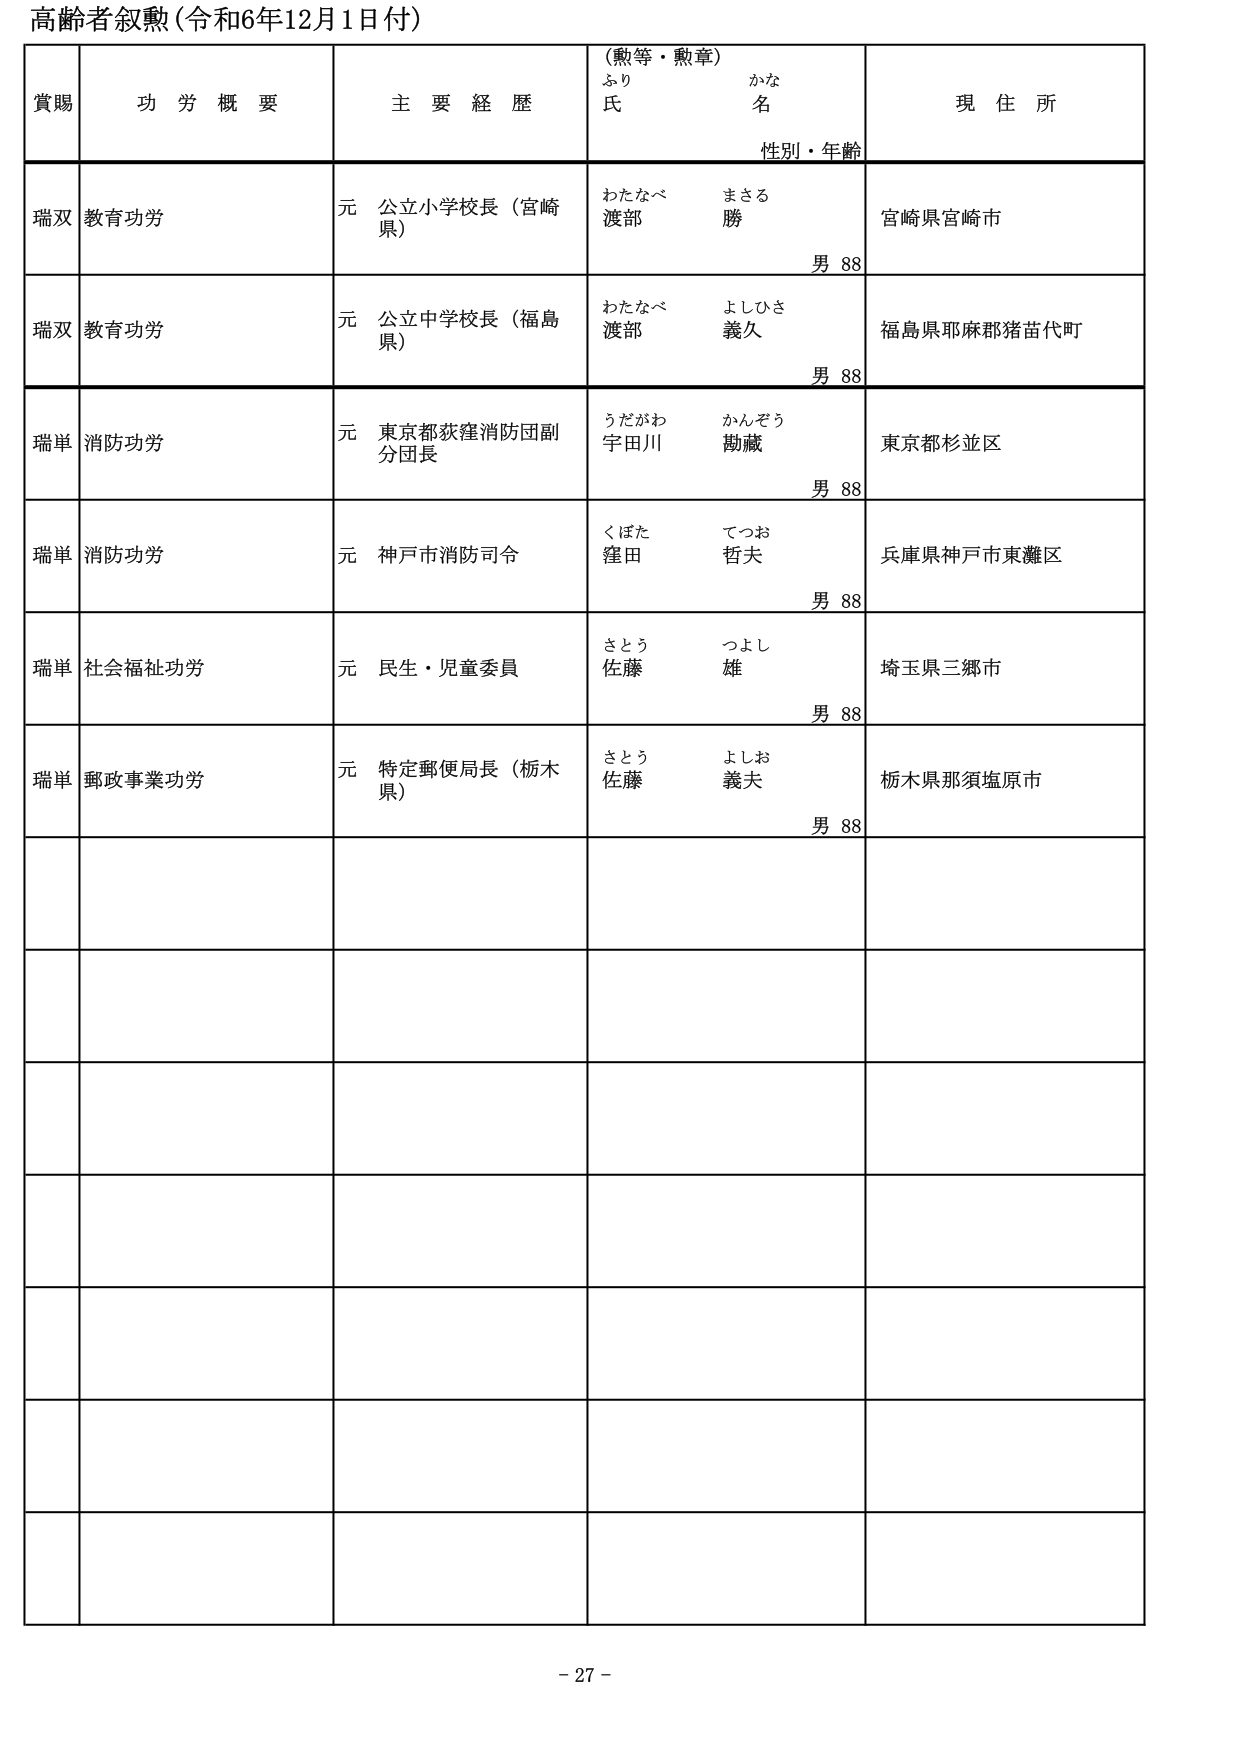
高齢者叙勲（令和6年12月1日付）

賞賜　　功労概要　　主要経歴　　（勲等・勲章）　　現住所
　　　　　　　　　　　　　　ふり　　かな
　　　　　　　　　　　　　　氏　　名
　　　　　　　　　　　　　　性別・年齢

瑞双　教育功労　　元 公立小学校長（宮崎県）　　わたなべ　　まさる　　宮崎県宮崎市
　　　　　　　　　　　　　　　　　　　　　　　　渡部　　勝　　男 88

瑞双　教育功労　　元 公立中学校長（福島県）　　わたなべ　　よしひさ　　福島県耶麻郡猪苗代町
　　　　　　　　　　　　　　　　　　　　　　　　渡部　　義久　　男 88

瑞単　消防功労　　元 東京都荻窪消防団副分団長　　うだがわ　　かんぞう　　東京都杉並区
　　　　　　　　　　　　　　　　　　　　　　　　宇田川　　勘蔵　　男 88

瑞単　消防功労　　元 神戸市消防司令　　くぼた　　てつお　　兵庫県神戸市東灘区
　　　　　　　　　　　　　　　　　　　　　　窪田　　哲夫　　男 88

瑞単　社会福祉功労　　元 民生・児童委員　　さとう　　つよし　　埼玉県三郷市
　　　　　　　　　　　　　　　　　　　　　　佐藤　　雄　　男 88

瑞単　郵政事業功労　　元 特定郵便局長（栃木県）　　さとう　　よしお　　栃木県那須塩原市
　　　　　　　　　　　　　　　　　　　　　　　　佐藤　　義夫　　男 88

- 27 -